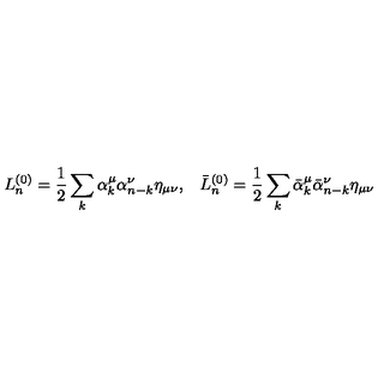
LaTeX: L _ { n } ^ { ( 0 ) } = \frac { 1 } { 2 } \sum _ { k } \alpha _ { k } ^ { \mu } \alpha _ { n - k } ^ { \nu } \eta _ { \mu \nu } { , } \quad \bar { L } { } _ { n } ^ { ( 0 ) } = \frac { 1 } { 2 } \sum _ { k } \bar { \alpha } { } _ { k } ^ { \mu } \bar { \alpha } { } _ { n - k } ^ { \nu } \eta _ { \mu \nu }